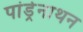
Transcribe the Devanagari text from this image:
पांड्रेनाथन